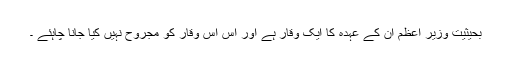
بحیثیت وزیر اعظم ان کے عہدہ کا ایک وقار ہے اور اس اس وقار کو مجروح نہیں کیا جانا چاہئے ۔